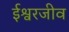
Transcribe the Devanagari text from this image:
ईश्वरजीव